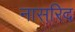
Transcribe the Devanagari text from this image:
नासरिद